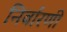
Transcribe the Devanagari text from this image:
निर्वारणी